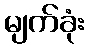
မျက်ခုံး